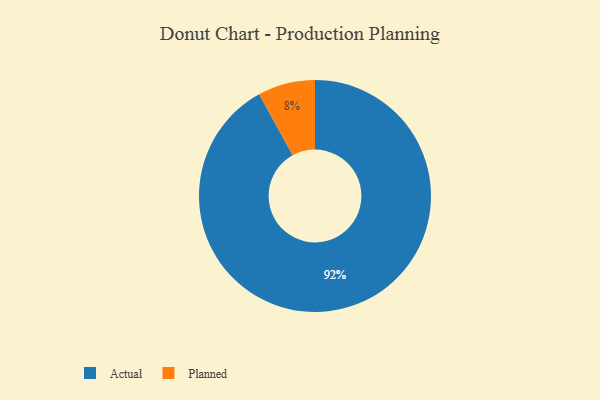
{"axis": {"x": "Category", "y": "Percentage"}, "legend": ["Actual", "Planned"], "data": [{"x": "Actual", "y": 92, "type": "Actual"}, {"x": "Planned", "y": 8, "type": "Planned"}]}